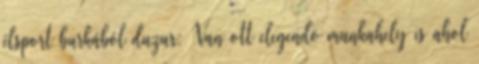
élsport burkából duzur: Van ott elegendö munkahely is ahol